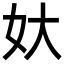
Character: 𡚻